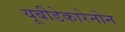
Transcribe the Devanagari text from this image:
यूबीडेकारेनोन